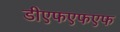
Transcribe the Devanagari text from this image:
डीएफएफएफ